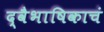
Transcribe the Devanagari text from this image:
द्वैभाषिकाचं